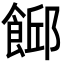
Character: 𩜞